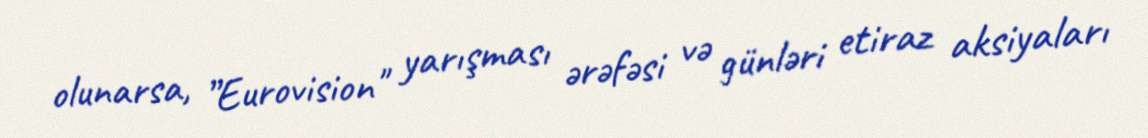
olunarsa, ”Eurovision" yarışması ərəfəsi və günləri etiraz aksiyaları